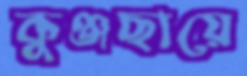
কুঞ্জছায়ে